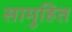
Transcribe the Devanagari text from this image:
सामुहित